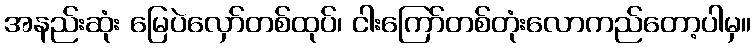
အနည်းဆုံး မြေပဲလှော်တစ်ထုပ်၊ ငါးကြော်တစ်တုံးလောကည်တော့ပါမှ။